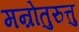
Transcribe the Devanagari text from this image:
मन्रोतुरुत्तु